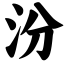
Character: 汾